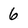
Character: 6